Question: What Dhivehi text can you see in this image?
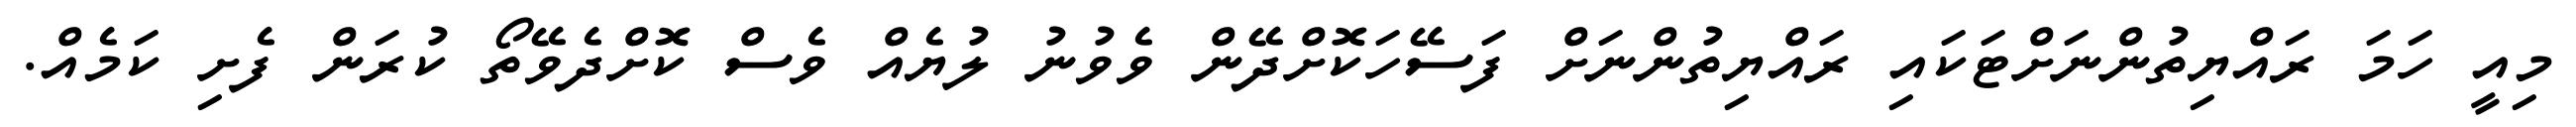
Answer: މިއީ ހަމަ ރައްޔިތުންނަށްޓަކައި ރައްޔިތުންނަށް ފަސޭހަކޮށްދޭން ވެވުނު ލުޔެއް ވެސް ކޮށްދެވޭތޯ ކުރަން ފެށި ކަމެއް.